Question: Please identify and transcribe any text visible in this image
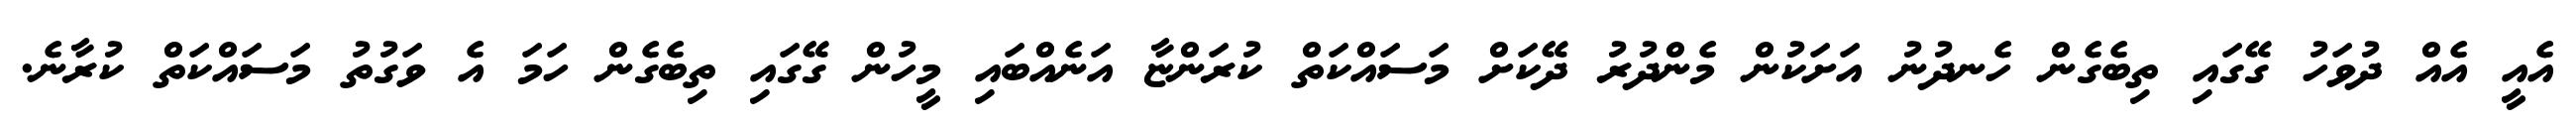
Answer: އެއީ އެއް ދުވަހު ގޭގައި ތިބެގެން ހެނދުނު އަށަކުން މެންދުރު ދޭކަށް މަސައްކަތް ކުރަންޏާ އަނެއްބައި މީހުން ގޭގައި ތިބެގެން ހަމަ އެ ވަގުތު މަސައްކަތް ކުރާނެ.